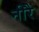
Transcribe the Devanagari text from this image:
नीरै